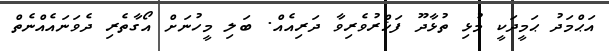
އަޙްމަދު ޙަމީދަކީ މުޅި ތުޅާދޫ ފަޚްރުވެރިވާ ދަރިއެއް. ބަލި މީހުނަށް އޯގާތެރި ދެވަނައެއްނެތް